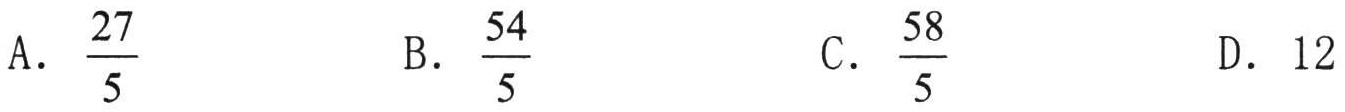
A. \(\frac{27}{5}\)  B. \(\frac{54}{5}\)  C. \(\frac{58}{5}\)  D. \(12\)